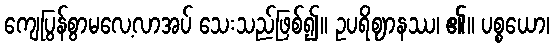
ကျေပြွန်စွာမလေ့လာအပ် သေးသည်ဖြစ်၍။ ဥပရိဈာနဿ၊ ၏။ ပစ္စယော၊